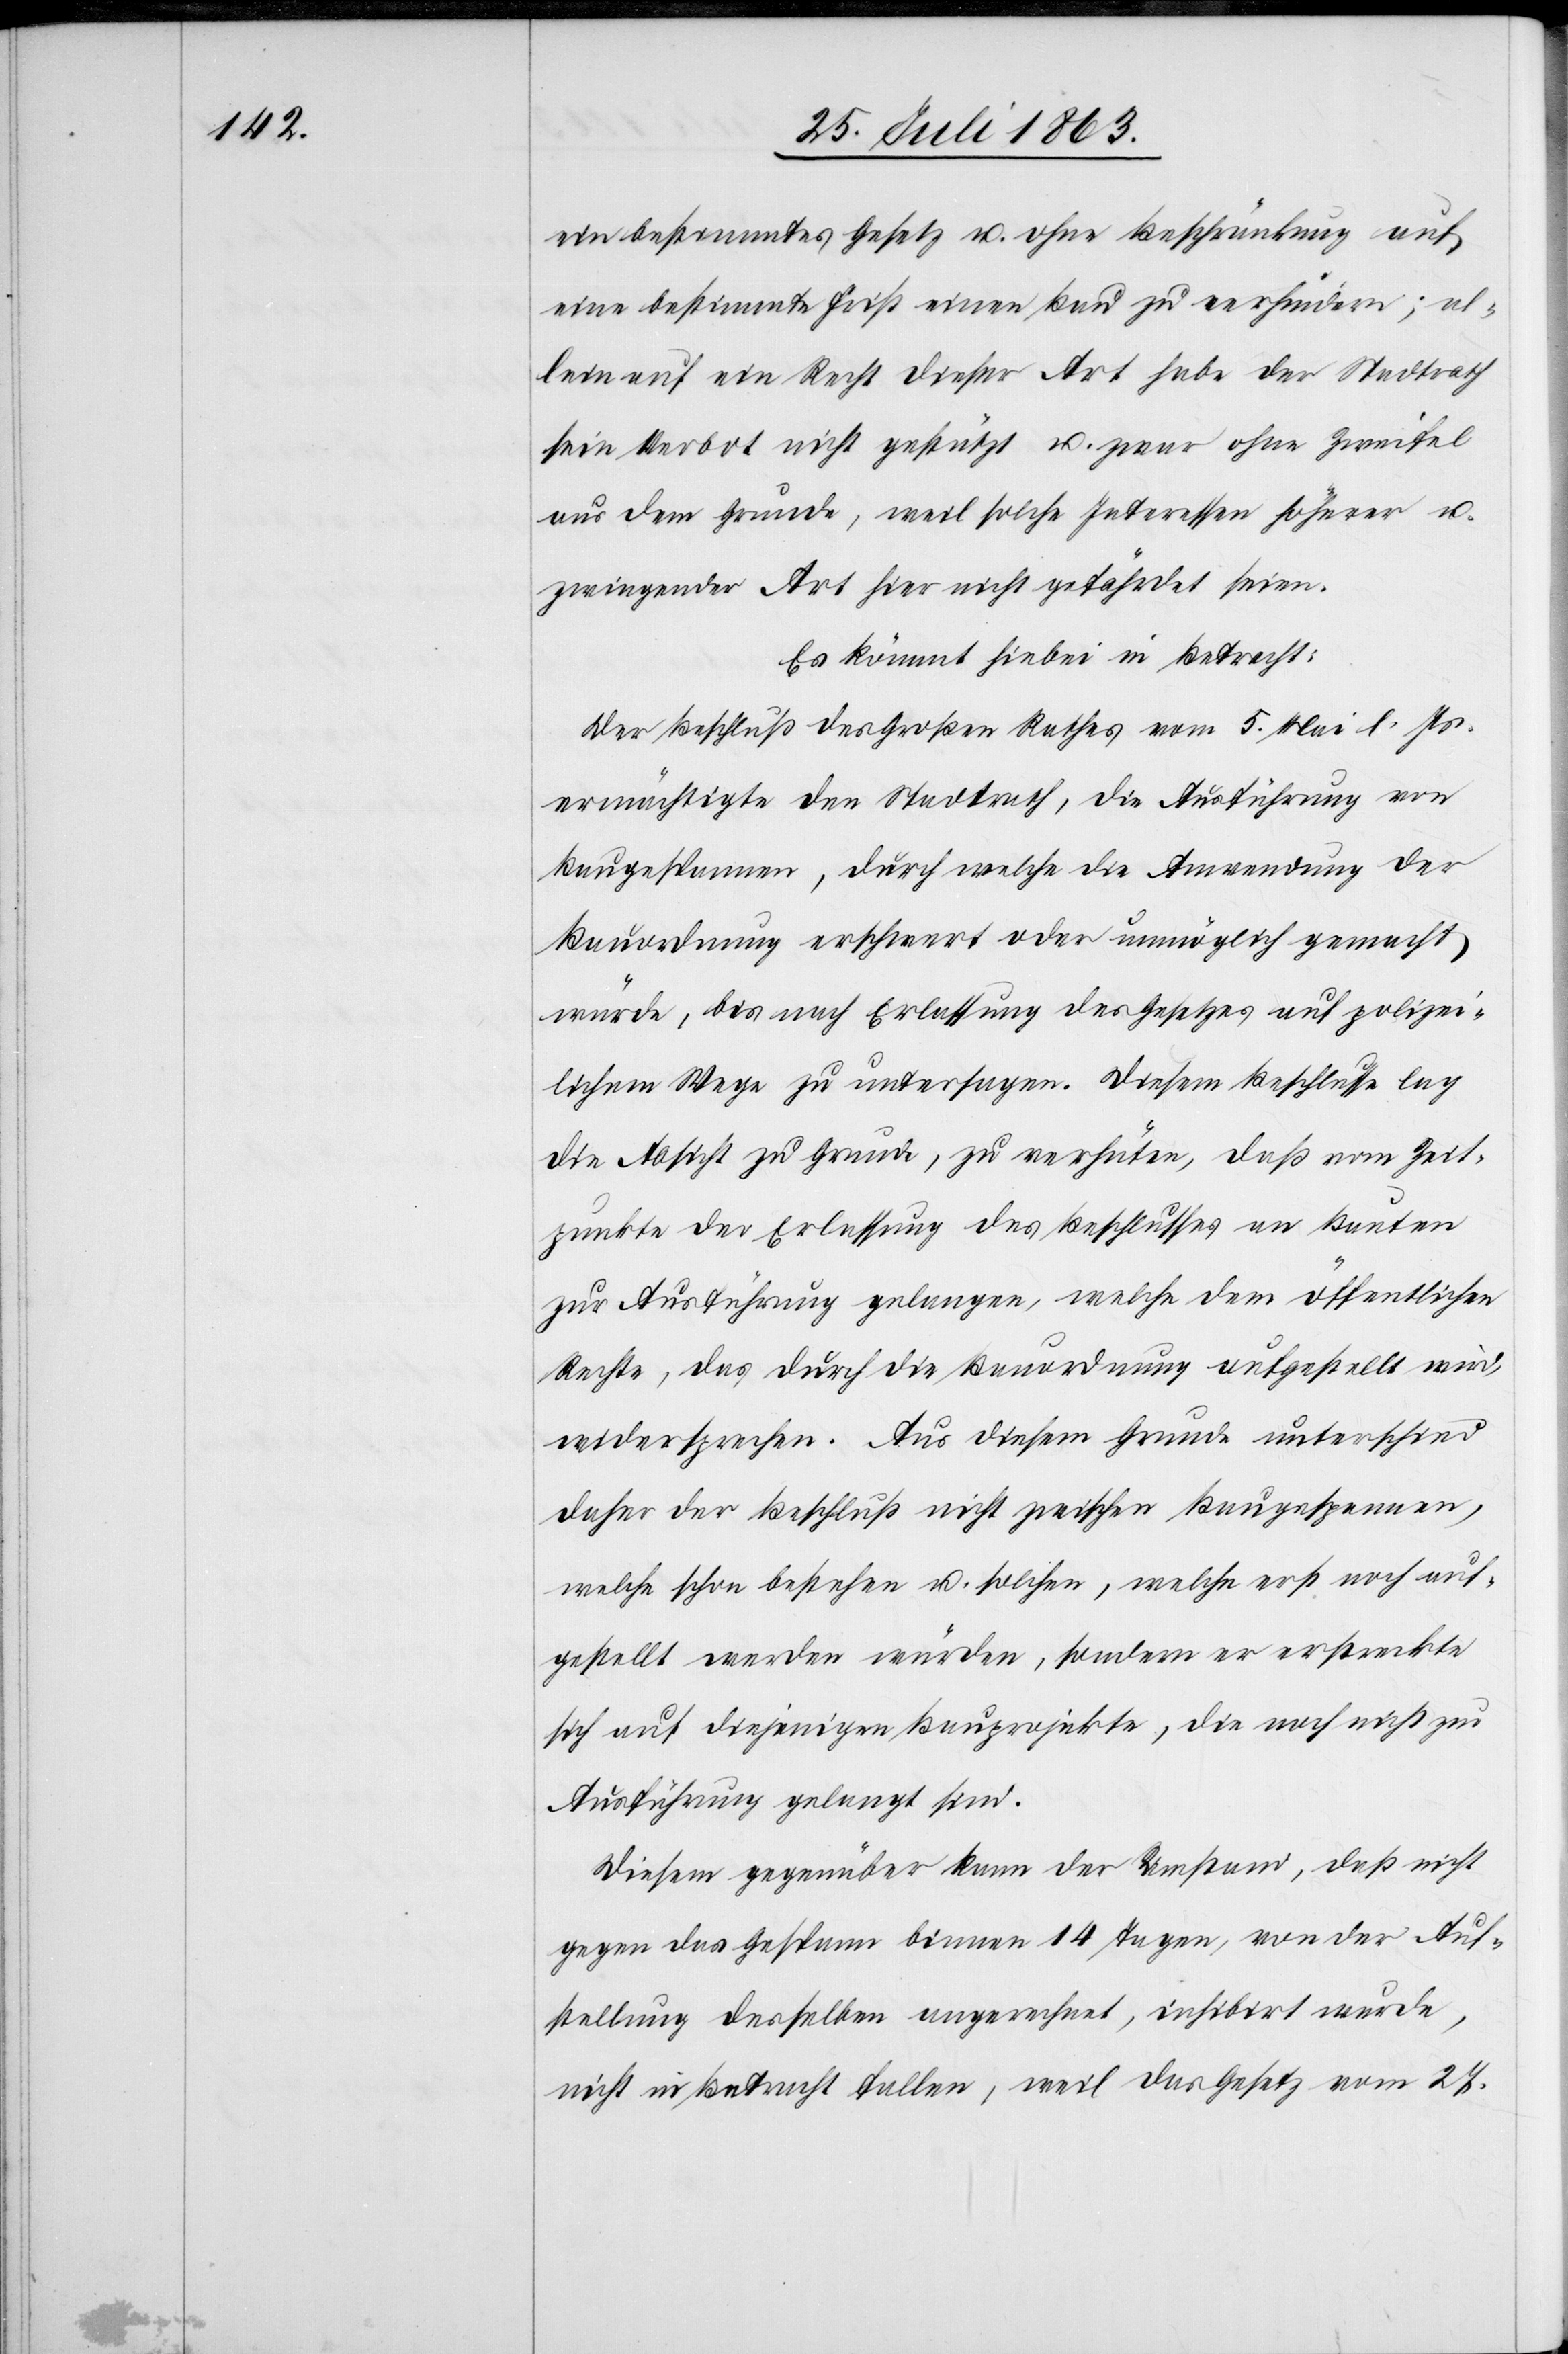
ein bestimmtes Gesetz u. ohne Beschränkung auf
eine bestimmte Frist einen Bau zu verhindern; al¬
lein auf ein Recht dieser Art habe der Stadtrath
sein Verbot nicht gestützt u. zwar ohne Zweifel
aus dem Grunde, weil solche Interessen höherer u.
zwingender Art hier nicht gefährdet seien.
Es kömmt hiebei in Betracht:
Der Beschluß des Großen Rathes vom 5. Mai l. Js.
ermächtigte den Stadtrath, die Ausführung von
Baugespannen, durch welche die Anwendung der
Bauordnung erschwert oder unmöglich gemacht
würde, bis nach Erlassung des Gesetzes auf polizei¬
lichem Wege zu untersagen. Diesem Beschlusse lag
die Absicht zu Grunde, zu verhüten, daß vom Zeit¬
punkte der Erlassung des Beschlusses an Bauten
zur Ausführung gelangen, welche dem öffentlichen
Rechte, das durch die Bauordnung aufgestellt wird,
widersprechen. Aus diesem Grunde unterschied
daher der Beschluß nicht zwischen Baugespannen,
welche schon bestehen u. solchen, welche erst noch auf¬
gestellt werden würden, sondern er erstreckte
sich auf diejenigen Bauprojekte, die noch nicht zur
Ausführung gelangt sind.
Diesem gegenüber kann der Umstand, daß nicht
gegen das Gespann binnen 14 Tagen, von der Auf¬
stellung desselben angerechnet, inhibirt wurde,
nicht in Betracht fallen, weil das Gesetz vom 27.